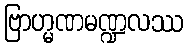
ဗြာဟ္မဏမဏ္ဍလဿ